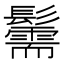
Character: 䰑